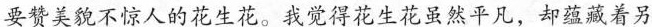
要赞美貌不惊人的花生花。我觉得花生花虽然平凡，却蕴藏着另